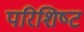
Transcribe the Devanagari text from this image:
परिशिष्‍ट